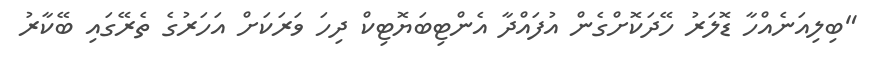
"ބިލިއަނެއްހާ ޑޮލަރު ހޭދަކޮށްގެން އުފައްދާ އެންޓިބަޔޮޓިކް ދިހަ ވަރަކަށް އަހަރުގެ ތެރޭގައި ބޭކާރު